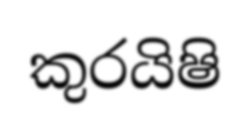
කුරයිෂි